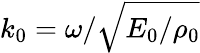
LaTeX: k_{0}=\omega/\sqrt{E_{0}/\rho_{0}}